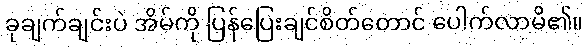
ခုချက်ချင်းပဲ အိမ်ကို ပြန်ပြေးချင်စိတ်တောင် ပေါက်လာမိ၏။